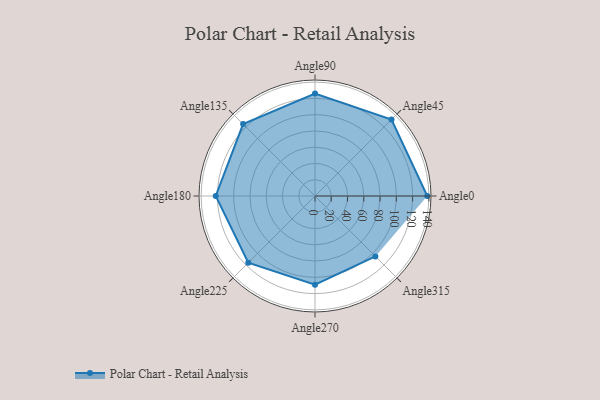
{"axis": {"x": "Angle", "y": "Radius"}, "legend": [""], "data": [{"x": "Angle0", "y": 138.0, "type": ""}, {"x": "Angle45", "y": 133.0, "type": ""}, {"x": "Angle90", "y": 126.0, "type": ""}, {"x": "Angle135", "y": 125.0, "type": ""}, {"x": "Angle180", "y": 122.0, "type": ""}, {"x": "Angle225", "y": 116.0, "type": ""}, {"x": "Angle270", "y": 109.0, "type": ""}, {"x": "Angle315", "y": 105.0, "type": ""}]}